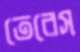
তেরেস